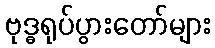
ဗုဒ္ဓရုပ်ပွားတော်များ